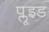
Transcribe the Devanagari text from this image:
प्लूइड